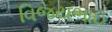
વિજયભાઇ